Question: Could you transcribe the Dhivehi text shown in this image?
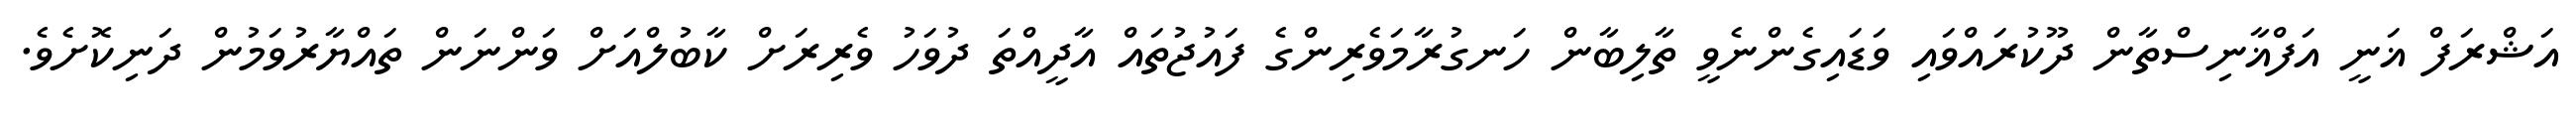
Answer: އަޝްރަފް ޣަނީ އަފްޣާނިސްތާން ދޫކުރައްވައި ވަޑައިގެންނެވީ ތާލިބާން ހަނގުރާމަވެރިންގެ ފައުޖުތައް އާދީއްތަ ދުވަހު ވެރިރަށް ކާބުލްއަށް ވަންނަން ތައްޔާރުވަމުން ދަނިކޮށެވެ.